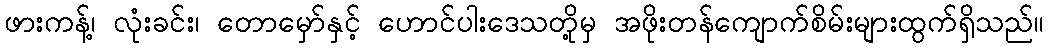
ဖားကန့်၊ လုံးခင်း၊ တောမှော်နှင့် ဟောင်ပါးဒေသတို့မှ အဖိုးတန်ကျောက်စိမ်းများထွက်ရှိသည်။